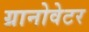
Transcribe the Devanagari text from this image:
ग्रानोवेटर